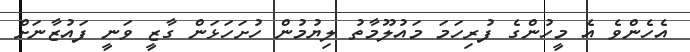
އެހެންވެ އެ މީހުންގެ ފުރިހަމަ މައުލޫމާތު ލިޔުމުން ހުށަހަޅަން ގާޒީ ވަނީ ފައުޒާނަށް